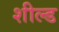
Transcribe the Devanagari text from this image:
शील्‍ड